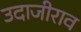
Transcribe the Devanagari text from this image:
उदाजीराव